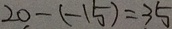
2 0 - ( - 1 5 ) = 3 5